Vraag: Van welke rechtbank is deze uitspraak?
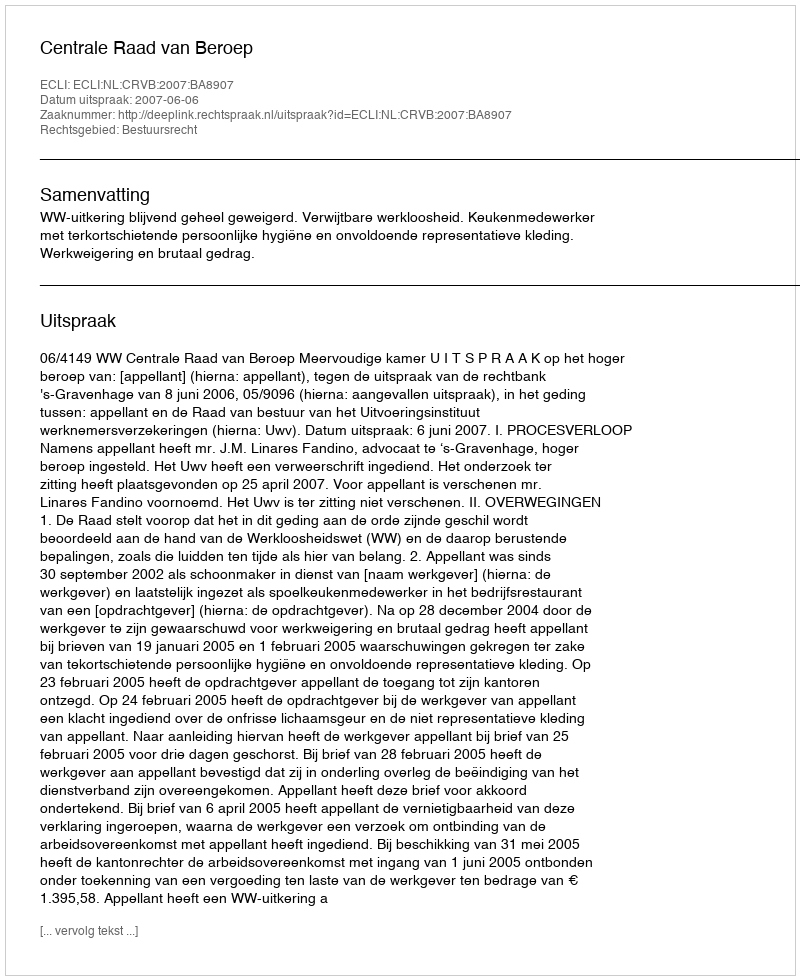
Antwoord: Centrale Raad van Beroep